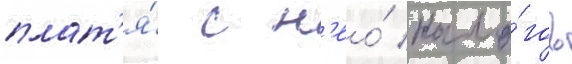
плат'я́ с н'ео́ нало́гов